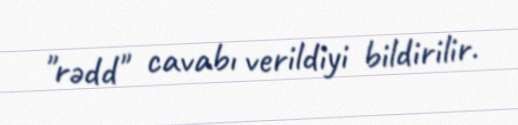
"rədd" cavabı verildiyi bildirilir.